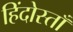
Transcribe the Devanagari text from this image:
हिंदोस्ताँ